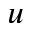
\boldsymbol { u }